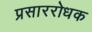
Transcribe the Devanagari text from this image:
प्रसाररोधक